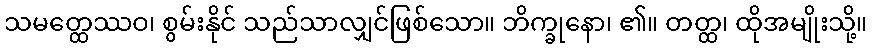
သမတ္ထေဿဝ၊ စွမ်းနိုင် သည်သာလျှင်ဖြစ်သော။ ဘိက္ခုနော၊ ၏။ တတ္ထ၊ ထိုအမျိုးသို့။